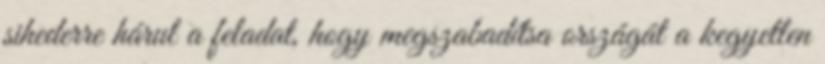
sihederre hárul a feladat, hogy megszabadítsa országát a kegyetlen